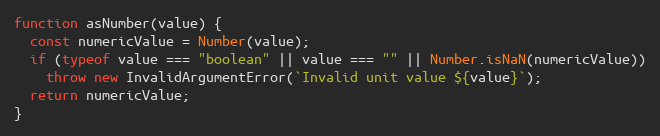
Language: JavaScript
function asNumber(value) {
  const numericValue = Number(value);
  if (typeof value === "boolean" || value === "" || Number.isNaN(numericValue))
    throw new InvalidArgumentError(`Invalid unit value ${value}`);
  return numericValue;
}